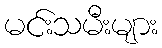
မင်းသမီးများ